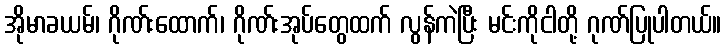
အိုမာခယမ်၊ ဂိုဏ်းထောက်၊ ဂိုဏ်းအုပ်တွေထက် လွန်ကဲပြီး မင်းကိုငါတို့ ဂုဏ်ပြုပါတယ်။